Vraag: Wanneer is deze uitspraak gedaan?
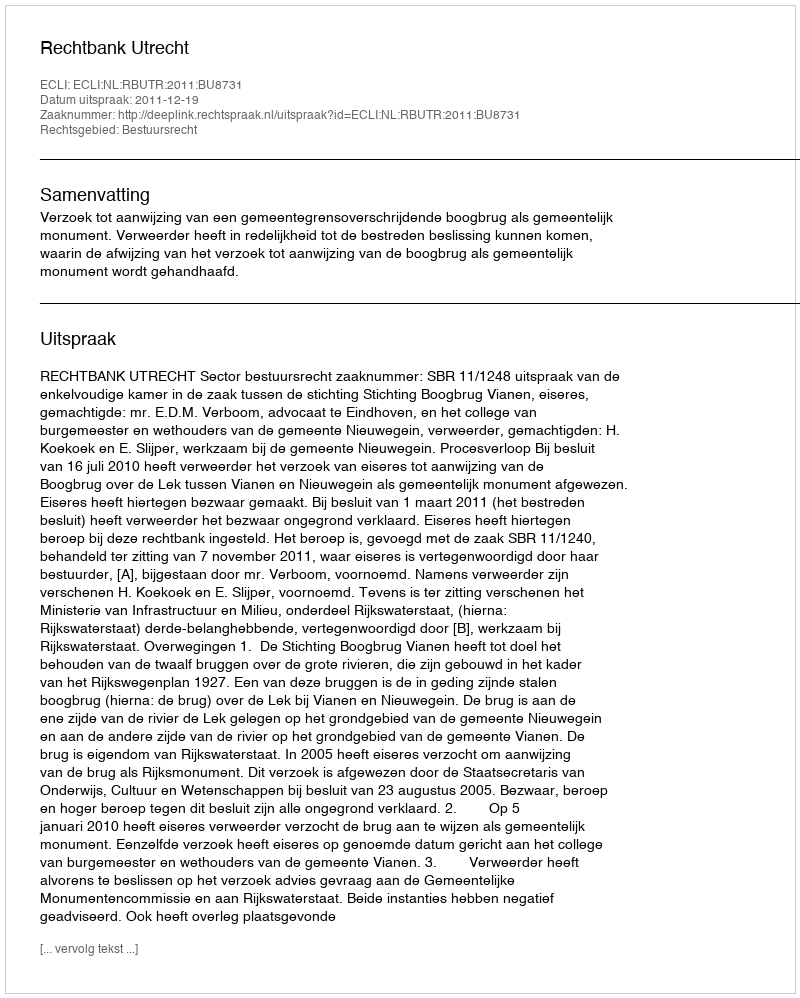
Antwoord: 2011-12-19